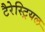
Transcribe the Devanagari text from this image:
टैरेस्ट्रियल